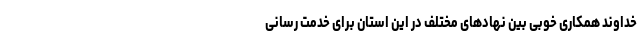
خداوند همکاری خوبی بین نهادهای مختلف در این استان برای خدمت رسانی